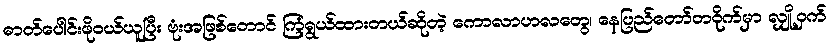
ဓာတ်ပေါင်းဖိုဝယ်ယူပြီး ဗုံးအဖြစ်တောင် ကြံရွယ်ထားတယ်ဆိုတဲ့ ကောလာဟလတွေ၊ နေပြည်တော်တဝိုက်မှာ လျှို့ဝှက်